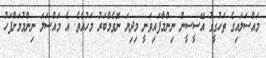
މައްސަލައިގެ ތަހުގީގު އޭސީސީން ނިންމާފައިވަނީ މިދިޔަ ނޮވެމްބަރު މަހުއެވެ. އެ މައްސަލަ ނިންމުމަށްފަހު